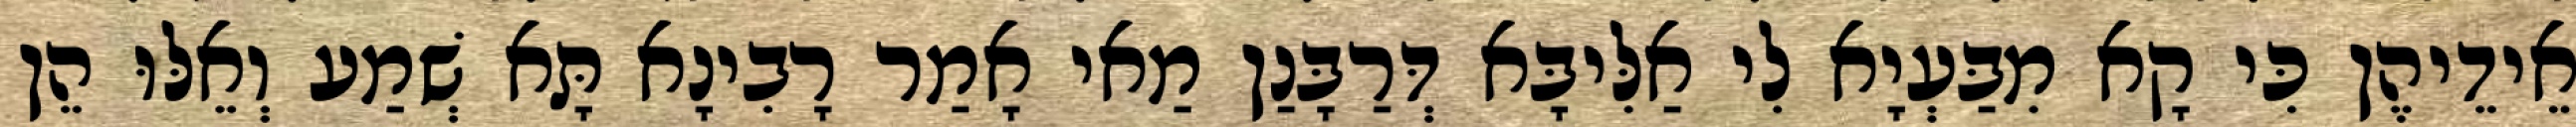
אֵידֵיהֶן כִּי קָא מִבַּעְיָא לִי אַלִּיבָּא דְּרַבָּנַן מַאי אָמַר רָבִינָא תָּא שְׁמַע וְאֵלּוּ הֵן